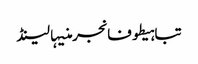
تباہیطوفانجرمنیہالینڈ